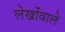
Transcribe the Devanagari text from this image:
लेखोंवाले